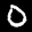
Label: 0